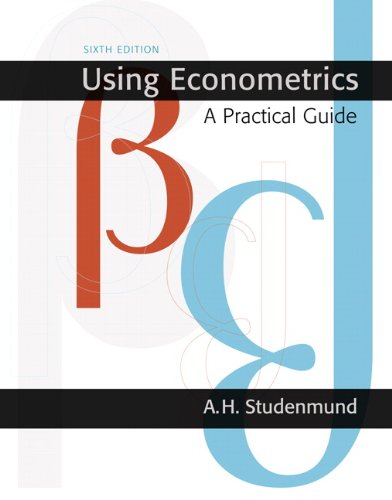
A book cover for Using Econometrics: A Practical Guide (6th Edition) (Addison-Wesley Series in Economics); A.H. Studenmund; Business & Money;